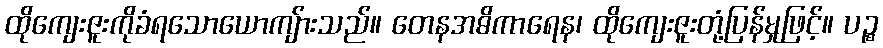
ထိုကျေးဇူးကိုခံရသောယောကျ်ားသည်။ တေနအဓိကာရေန၊ ထိုကျေးဇူးတုံ့ပြန်မှုဖြင့်။ ပဉ္စ